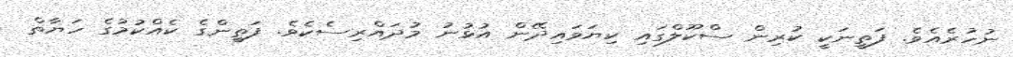
ނުހުރެއެވެ. ފަތީނަކީ ކުރިން ސްކޫލްގައި ކިޔަވައިދޭން އުޅުނު މުދައްރިސެކެވެ. ފަތީންގެ ކެއްކުމުގެ ހަޔާތް